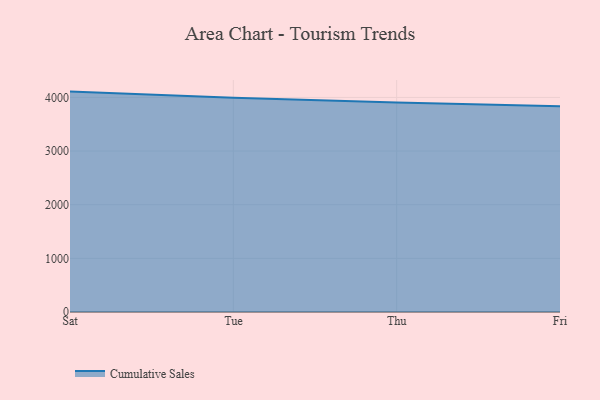
{"axis": {"x": "Day", "y": "Churn Rate (%)"}, "legend": ["Cumulative Sales"], "data": [{"x": "Sat", "y": 4108.3, "type": "Cumulative Sales"}, {"x": "Tue", "y": 3994.7, "type": "Cumulative Sales"}, {"x": "Thu", "y": 3903.7, "type": "Cumulative Sales"}, {"x": "Fri", "y": 3833.6, "type": "Cumulative Sales"}]}